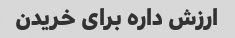
ارزش داره برای خریدن